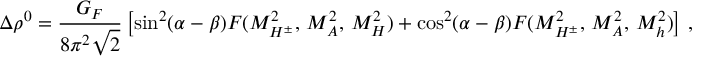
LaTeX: \Delta \rho ^ { 0 } = { \frac { G _ { F } } { 8 \pi ^ { 2 } \sqrt 2 } } \left[ \sin ^ { 2 } ( \alpha - \beta ) F ( M _ { H ^ { \pm } } ^ { 2 } , \, M _ { A } ^ { 2 } , \, M _ { H } ^ { 2 } ) + \cos ^ { 2 } ( \alpha - \beta ) F ( M _ { H ^ { \pm } } ^ { 2 } , \, M _ { A } ^ { 2 } , \, M _ { h } ^ { 2 } ) \right] \, ,